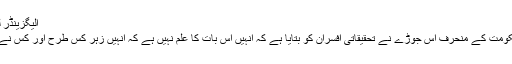
الیگزینڈر لیٹونینکو
روس حکومت کے منحرف اس جوڑے نے تحقیقاتی افسران کو بتایا ہے کہ انہیں اس بات کا علم نہیں ہے کہ انہیں زہر کس طرح اور کس نے دیا ہے۔